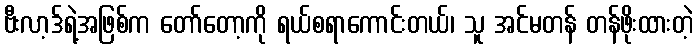
ဗီးလာ့ဒ်ရဲ့အဖြစ်က တော်တော့ကို ရယ်စရာကောင်းတယ်၊ သူ အင်မတန် တန်ဖိုးထားတဲ့